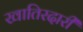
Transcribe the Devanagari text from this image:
खातिरदारी